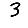
Digit: 3